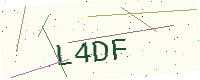
Text: L4DF